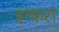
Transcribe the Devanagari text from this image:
इन्फ़रा